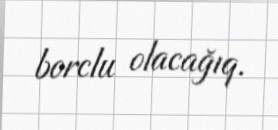
borclu olacağıq.